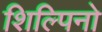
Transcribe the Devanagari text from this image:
शिल्पिनो